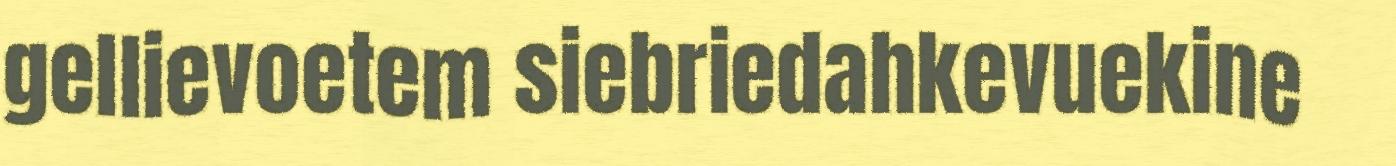
gellievoetem siebriedahkevuekine